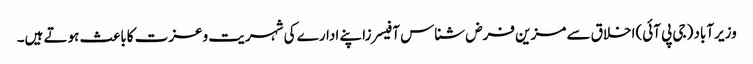
وزیرآباد (جی پی آئی)اخلاق سے مزین فرض شناس آفیسرزاپنے ادارے کی شہریت وعزت کاباعث ہوتے ہیں۔